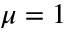
\mu = 1